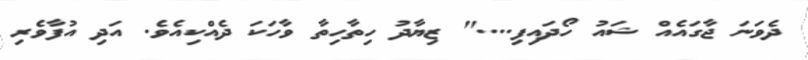
ދެވަނަ ޖާގައެއް ޝައު ހޯދައިފި...." ޒިޔާދު ހިތާހިތާ ވާހަކަ ދެއްކިއެވެ. އަދި އުފާވެރި